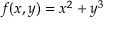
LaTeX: f ( x , y ) = x ^ { 2 } + y ^ { 3 }